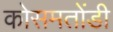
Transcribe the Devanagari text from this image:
कोसमतोंडी